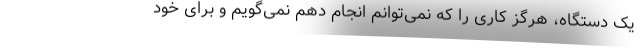
یک دستگاه، هرگز کاری را که نمی‌توانم انجام دهم نمی‌گویم و برای خود